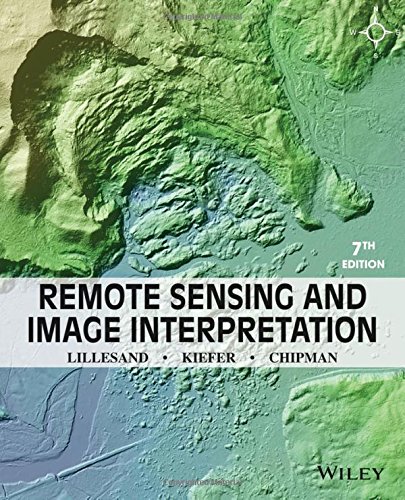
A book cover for Remote Sensing and Image Interpretation; Thomas Lillesand; Engineering & Transportation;